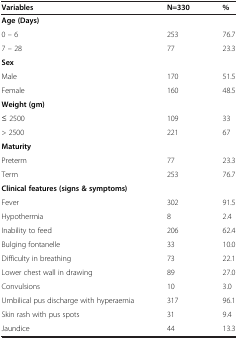
| Variables | N=330 | % |
 | --- | --- | --- |
 | <COLSPAN=3> Age (Days) |
 | 0 – 6 | 253 | 76.7 |
 | 7 – 28 | 77 | 23.3 |
 | <COLSPAN=3> Sex |
 | Male | 170 | 51.5 |
 | Female | 160 | 48.5 |
 | <COLSPAN=3> Weight (gm) |
 | ≤ 2500 | 109 | 33 |
 | > 2500 | 221 | 67 |
 | <COLSPAN=3> Maturity |
 | Preterm | 77 | 23.3 |
 | Term | 253 | 76.7 |
 | <COLSPAN=3> Clinical features (signs & symptoms) |
 | Fever | 302 | 91.5 |
 | Hypothermia | 8 | 2.4 |
 | Inability to feed | 206 | 62.4 |
 | Bulging fontanelle | 33 | 10.0 |
 | Difficulty in breathing | 73 | 22.1 |
 | Lower chest wall in drawing | 89 | 27.0 |
 | Convulsions | 10 | 3.0 |
 | Umbilical pus discharge with hyperaemia | 317 | 96.1 |
 | Skin rash with pus spots | 31 | 9.4 |
 | Jaundice | 44 | 13.3 |